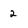
Character: 2